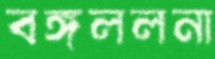
বঙ্গললনা